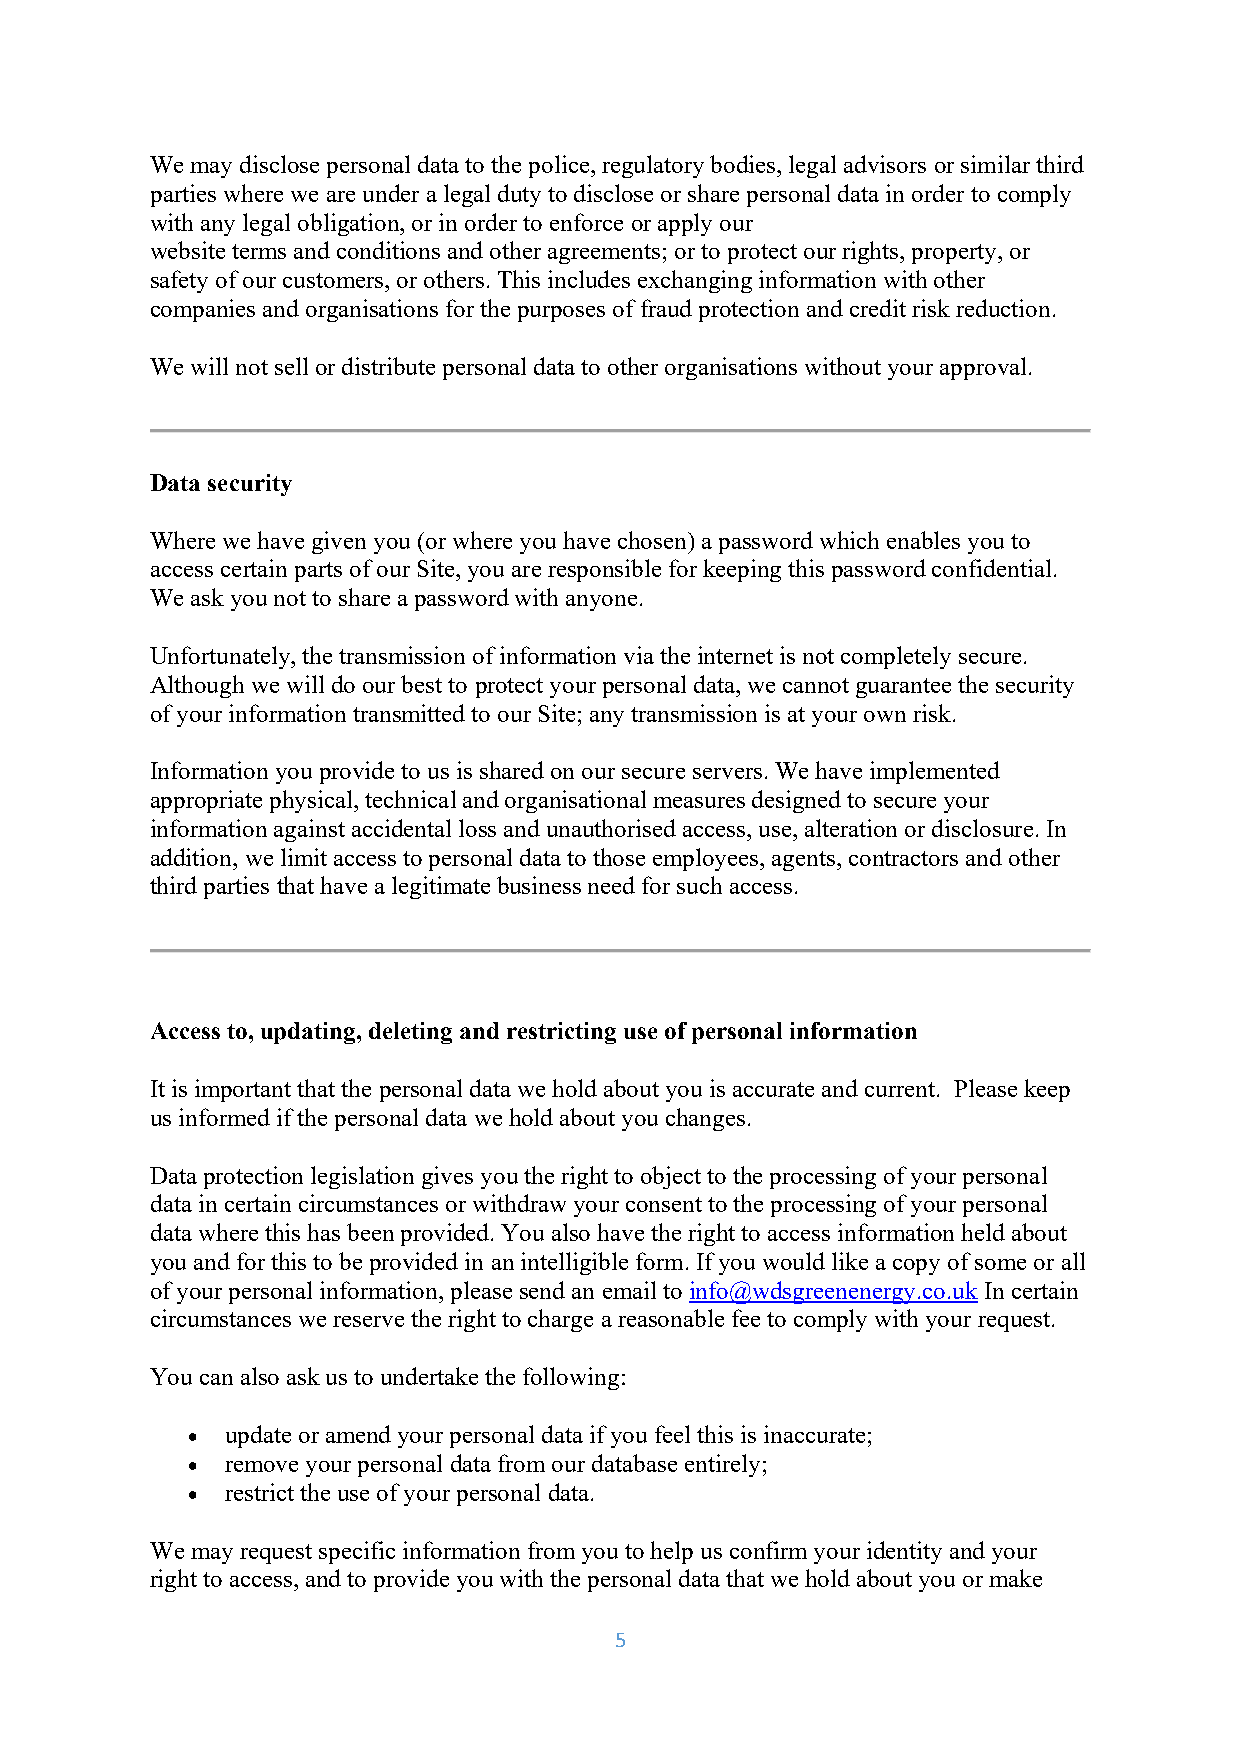
We may disclose personal data to the police, regulatory bodies, legal advisors or similar third
 parties where we are under a legal duty to disclose or share personal data in order to comply
 with any legal obligation, or in order to enforce or apply our
 website terms and conditions and other agreements; or to protect our rights, property, or
 safety of our customers, or others. This includes exchanging information with other
 companies and organisations for the purposes of fraud protection and credit risk reduction.
 We will not sell or distribute personal data to other organisations without your approval.
 Data security
 Where we have given you (or where you have chosen) a password which enables you to
 access certain parts of our Site, you are responsible for keeping this password confidential.
 We ask you not to share a password with anyone.
 Unfortunately, the transmission of information via the internet is not completely secure.
 Although we will do our best to protect your personal data, we cannot guarantee the security
 of your information transmitted to our Site; any transmission is at your own risk.
 Information you provide to us is shared on our secure servers. We have implemented
 appropriate physical, technical and organisational measures designed to secure your
 information against accidental loss and unauthorised access, use, alteration or disclosure. In
 addition, we limit access to personal data to those employees, agents, contractors and other
 third parties that have a legitimate business need for such access.
 Access to, updating, deleting and restricting use of personal information
 It is important that the personal data we hold about you is accurate and current. Please keep
 us informed if the personal data we hold about you changes.
 Data protection legislation gives you the right to object to the processing of your personal
 data in certain circumstances or withdraw your consent to the processing of your personal
 data where this has been provided. You also have the right to access information held about
 you and for this to be provided in an intelligible form. If you would like a copy of some or all
 of your personal information, please send an email to info@wdsgreenenergy.co.uk In certain
 circumstances we reserve the right to charge a reasonable fee to comply with your request.
 You can also ask us to undertake the following:
   update or amend your personal data if you feel this is inaccurate;
   remove your personal data from our database entirely;
   restrict the use of your personal data.
 We may request specific information from you to help us confirm your identity and your
 right to access, and to provide you with the personal data that we hold about you or make
 5